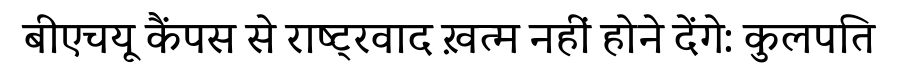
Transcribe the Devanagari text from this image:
बीएचयू कैंपस से राष्ट्रवाद ख़त्म नहीं होने देंगे: कुलपति